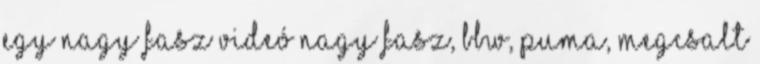
Egy Nagy Fasz Videó nagy fasz, bbw, puma, megcsalt